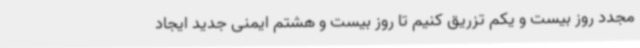
مجدد روز بیست و یکم تزریق کنیم تا روز بیست و هشتم ایمنی جدید ایجاد